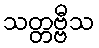
သတ္တဗ္ဗီသ